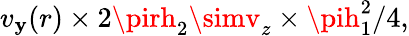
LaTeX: v_{\mathbf{y}}(r)\times2\pirh_{2}\simv_{z}\times\pih_{1}^{2}/4,